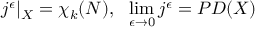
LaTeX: j ^ { \epsilon } | _ { X } = \chi _ { k } ( N ) , \ \ \operatorname * { l i m } _ { \epsilon \rightarrow 0 } j ^ { \epsilon } = P D ( X )